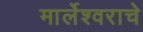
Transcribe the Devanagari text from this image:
मार्लेश्वराचे